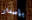
بإصدار